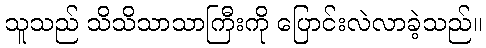
သူသည် သိသိသာသာကြီးကို ပြောင်းလဲလာခဲ့သည်။